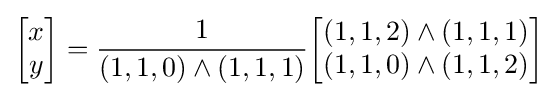
{\begin{bmatrix}x\\y\end{bmatrix}}={\frac {1}{(1,1,0)\wedge (1,1,1)}}{\begin{bmatrix}(1,1,2)\wedge (1,1,1)\\(1,1,0)\wedge (1,1,2)\end{bmatrix}}